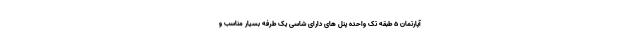
آپارتمان 5 طبقه تک واحده پنل های دارای شاسی یک طرفه بسیار مناسب و